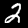
Digit: 2